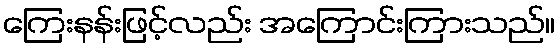
ကြေးနန်းဖြင့်လည်း အကြောင်းကြားသည်။